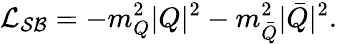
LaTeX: {\cal L_{SB}}=-m_{Q}^{2}|Q|^{2}-m_{\bar{Q}}^{2}|\bar{Q}|^{2}.